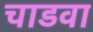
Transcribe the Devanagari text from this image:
चाडवा